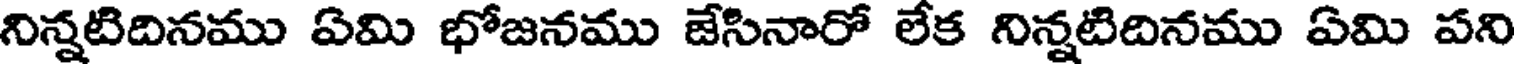
నిన్నటిదినము ఏమి భోజనము జేసినారో లేక నిన్నటిదినము ఏమి పని